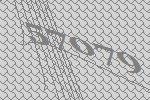
57079